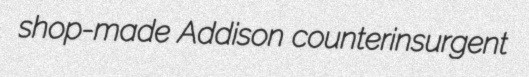
shop-made Addison counterinsurgent